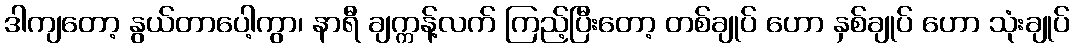
ဒါကျတော့ နွယ်တာပေါ့ကွာ၊ နာရီ ချက္ကန့်လက် ကြည့်ပြီးတော့ တစ်ချုပ် ဟော နှစ်ချုပ် ဟော သုံးချုပ်